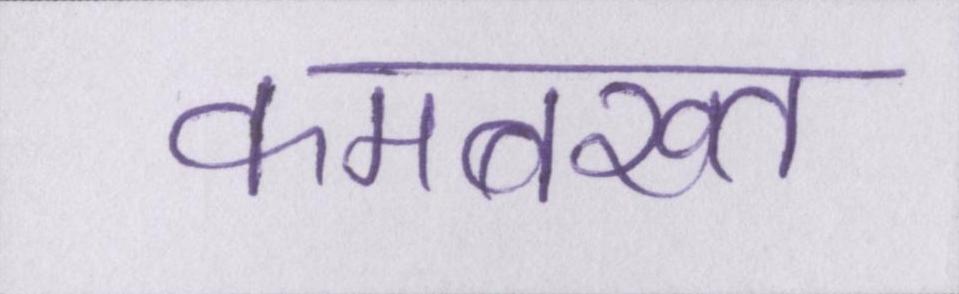
कमबख्त